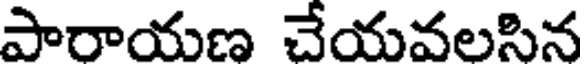
పారాయణ చేయవలసిన